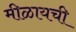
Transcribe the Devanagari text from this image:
मीळायची